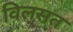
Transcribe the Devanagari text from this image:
विलसत